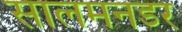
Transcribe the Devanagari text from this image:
सालमनडर